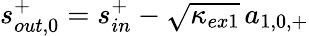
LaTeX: \begin{array}{r}{s_{out,0}^{+}=s_{in}^{+}-\sqrt{\kappa_{ex1}}\, a_{1,0,+}}\end{array}